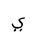
Letter: _ya